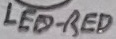
Text: LED-RED